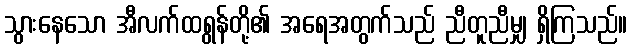
သွားနေသော အီလက်ထရွန်တို့၏ အရေအတွက်သည် ညီတူညီမျှ ရှိကြသည်။